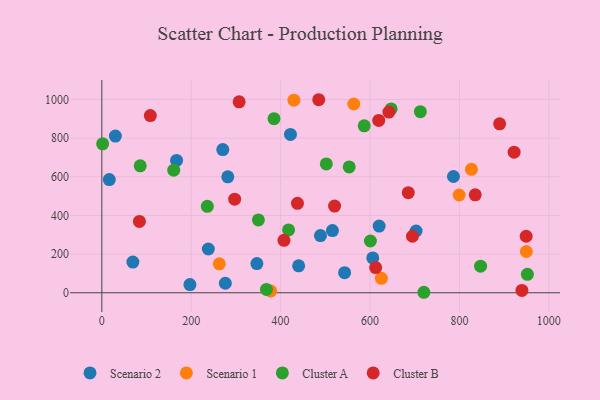
{"axis": {"x": "Experience", "y": "Rating"}, "legend": ["Cluster A", "Cluster B", "Scenario 1", "Scenario 2"], "data": [{"x": "69.5", "y": 158.9, "type": "Scenario 2"}, {"x": "543.1", "y": 103.8, "type": "Scenario 2"}, {"x": "270.6", "y": 740.6, "type": "Scenario 2"}, {"x": "16.7", "y": 585.6, "type": "Scenario 2"}, {"x": "606.1", "y": 180.3, "type": "Scenario 2"}, {"x": "281.8", "y": 599.5, "type": "Scenario 2"}, {"x": "238.3", "y": 226.4, "type": "Scenario 2"}, {"x": "786.6", "y": 601.4, "type": "Scenario 2"}, {"x": "422.0", "y": 819.0, "type": "Scenario 2"}, {"x": "30.3", "y": 810.8, "type": "Scenario 2"}, {"x": "489.1", "y": 295.9, "type": "Scenario 2"}, {"x": "440.3", "y": 139.4, "type": "Scenario 2"}, {"x": "197.1", "y": 42.4, "type": "Scenario 2"}, {"x": "167.2", "y": 684.6, "type": "Scenario 2"}, {"x": "703.0", "y": 319.6, "type": "Scenario 2"}, {"x": "346.9", "y": 151.1, "type": "Scenario 2"}, {"x": "620.4", "y": 344.8, "type": "Scenario 2"}, {"x": "515.9", "y": 321.5, "type": "Scenario 2"}, {"x": "276.3", "y": 49.3, "type": "Scenario 2"}, {"x": "377.7", "y": 9.7, "type": "Scenario 1"}, {"x": "826.8", "y": 638.3, "type": "Scenario 1"}, {"x": "949.7", "y": 213.5, "type": "Scenario 1"}, {"x": "625.4", "y": 74.5, "type": "Scenario 1"}, {"x": "563.7", "y": 976.5, "type": "Scenario 1"}, {"x": "799.4", "y": 505.7, "type": "Scenario 1"}, {"x": "262.8", "y": 149.9, "type": "Scenario 1"}, {"x": "429.7", "y": 996.1, "type": "Scenario 1"}, {"x": "952.0", "y": 95.3, "type": "Cluster A"}, {"x": "236.0", "y": 447.3, "type": "Cluster A"}, {"x": "368.3", "y": 17.4, "type": "Cluster A"}, {"x": "712.6", "y": 936.6, "type": "Cluster A"}, {"x": "600.8", "y": 267.7, "type": "Cluster A"}, {"x": "587.0", "y": 863.7, "type": "Cluster A"}, {"x": "385.2", "y": 900.8, "type": "Cluster A"}, {"x": "502.2", "y": 666.4, "type": "Cluster A"}, {"x": "85.9", "y": 656.5, "type": "Cluster A"}, {"x": "1.8", "y": 770.3, "type": "Cluster A"}, {"x": "647.2", "y": 951.1, "type": "Cluster A"}, {"x": "553.4", "y": 651.0, "type": "Cluster A"}, {"x": "720.4", "y": 2.5, "type": "Cluster A"}, {"x": "847.3", "y": 137.4, "type": "Cluster A"}, {"x": "160.9", "y": 634.1, "type": "Cluster A"}, {"x": "417.8", "y": 325.0, "type": "Cluster A"}, {"x": "350.3", "y": 376.9, "type": "Cluster A"}, {"x": "297.2", "y": 484.0, "type": "Cluster B"}, {"x": "889.9", "y": 873.8, "type": "Cluster B"}, {"x": "485.3", "y": 998.6, "type": "Cluster B"}, {"x": "437.7", "y": 462.9, "type": "Cluster B"}, {"x": "949.3", "y": 292.3, "type": "Cluster B"}, {"x": "939.8", "y": 12.0, "type": "Cluster B"}, {"x": "108.5", "y": 916.6, "type": "Cluster B"}, {"x": "84.1", "y": 368.9, "type": "Cluster B"}, {"x": "922.3", "y": 727.5, "type": "Cluster B"}, {"x": "642.2", "y": 934.6, "type": "Cluster B"}, {"x": "685.6", "y": 517.8, "type": "Cluster B"}, {"x": "307.2", "y": 987.6, "type": "Cluster B"}, {"x": "694.9", "y": 292.2, "type": "Cluster B"}, {"x": "407.5", "y": 271.4, "type": "Cluster B"}, {"x": "520.7", "y": 448.3, "type": "Cluster B"}, {"x": "612.6", "y": 130.1, "type": "Cluster B"}, {"x": "619.5", "y": 891.7, "type": "Cluster B"}, {"x": "835.3", "y": 506.8, "type": "Cluster B"}]}